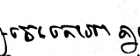
ចេញគោរពគ្នា